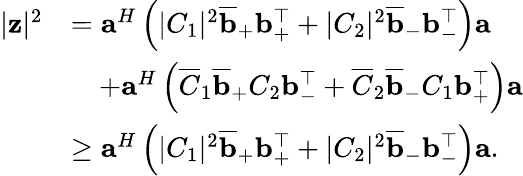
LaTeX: \begin{array}{rl}{|\mathbf z|^{2}}&{=\mathbf{a}^{H}\left(|C_{1}|^{2}\overline{{\mathbf{b}}}_{+}\mathbf{b}_{+}^{\top}+|C_{2}|^{2}\overline{{\mathbf{b}}}_{-}\mathbf{b}_{-}^{\top}\right)\mathbf{a}}\\ &{\quad+\mathbf{a}^{H}\left(\overline{{C}}_{1}\overline{{\mathbf{b}}}_{+}C_{2}\mathbf{b}_{-}^{\top}+\overline{{C}}_{2}\overline{{\mathbf{b}}}_{-}C_{1}\mathbf{b}_{+}^{\top}\right)\mathbf{a}}\\ &{\geq\mathbf{a}^{H}\left(|C_{1}|^{2}\overline{{\mathbf{b}}}_{+}\mathbf{b}_{+}^{\top}+|C_{2}|^{2}\overline{{\mathbf{b}}}_{-}\mathbf{b}_{-}^{\top}\right)\mathbf{a}.}\end{array}